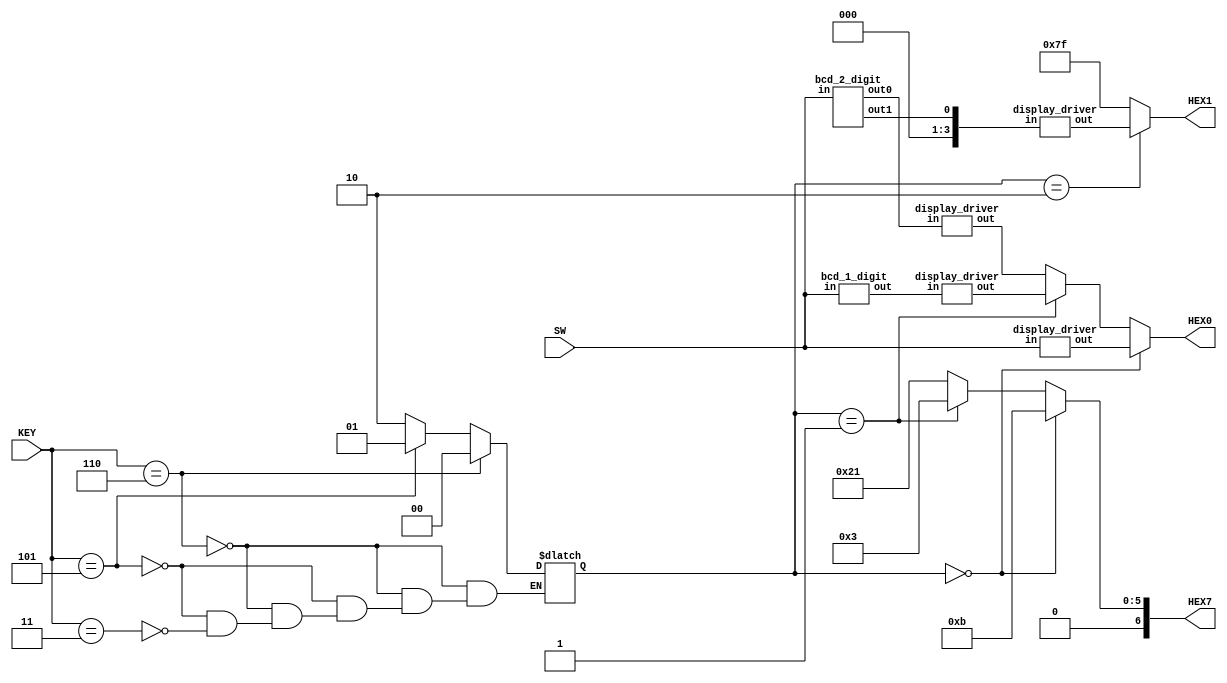
module code_converter(
		output [6:0] HEX0, HEX1, HEX7, // 7-segment displays
		input[3:0] SW, // Input switches
		input[2:0] KEY // Input buttons
	);
	wire[6:0] disp0, disp1, disp2, disp3; // Stores the output from the differet display modules
	reg[1:0] mode; // This is used to remember which mode we are in
	wire[3:0] bcd_1_out, bcd_2_out0; // This is the output from the BCD digit modules
	wire bcd_2_out1; // This is the second output from the BCD 2 digit module
	
	display_driver D1(disp0, SW); // HEX driver can just use the display driver directly

	bcd_1_digit M1(bcd_1_out, SW); // BCD to 1 digit driver
	display_driver D2(disp1, bcd_1_out); // Display driver for the BCD to 1 digit driver
	
	bcd_2_digit M2(bcd_2_out0, bcd_2_out1, SW); // BCD to 2 digit driver
	display_driver D3(disp2, bcd_2_out0); // Display driver for the first display
	display_driver D4(disp3, {3'b000, bcd_2_out1}); // Display driver for the second display
	
	assign HEX1 = mode == 2'b10 ? disp3 : ~7'h0; // If the third button is pressed we output the value from the bcd_2_digit module, if not we simply turn off the display
	assign HEX0 = mode == 2'b00 ? disp0 : mode == 2'b01 ? disp1 : disp2; // We output the differet modules outputs depending on which mode we are in i.e. which button was pressed last time
	
	// This control the display on the left which indicates which mode we are in
	assign HEX7 = mode == 2'b00 ? 7'b0001011 : // 'h
					  mode == 2'b01 ? 7'b0000011 : // 'b
					  7'b0100001; // 'd'
	
	always@(*) begin
		// This if-statement check if a button is pressed and updates the mode - the mode is latched, so it remembers it's value
		if (KEY == ~3'b001) // First button is pressed
			mode = 2'b00; // Mode 0
		else if (KEY == ~3'b010) // Second button is pressed
			mode = 2'b01; // Mode 1
		else if (KEY == ~3'b100) // Third button is pressed
			mode = 2'b10; // Mode 2
	end
endmodule

module t_code_converter;
	wire [6:0] HEX0, HEX1, HEX7; // 7-segment displays
	reg[3:0] SW; // Input switches
	reg[2:0] KEY; // Input buttons
	
	integer i, j;
	
	code_converter M1(.HEX0(HEX0), .HEX1(HEX1), .HEX7(HEX7), .SW(SW), .KEY(KEY));
	
	initial begin
		SW = 0; KEY = 0; // Set initial values
	end
	
	always begin
		for (i = 0; i < 3; i = i + 1) begin
			#10 KEY = ~(1 << i); // Select mode
			for (j = 0; j < 16; j = j + 1) begin
				SW = j; // Set switches
				#10; // Wait 10 units after the switches is set
			end
		end
		#10 $stop;
	end
	
endmodule

module bcd_2_digit(
		output reg[3:0] out0,
		output reg out1,
		input[3:0] in
	);

	always @ (in) begin
		if (in > 9) begin
			out1 = 1'b1; // Output '1' on the second display
			out0 = in - 4'd10; // Subtract 10 from the value
		end
		else begin
			out1 = 1'b0; // Output '0' on the second display
			out0 = in; // Output the input directly on the first display
		end
	end
endmodule

module bcd_1_digit(
		output reg[3:0] out,
		input[3:0] in
	);

	always @ (in) begin
		if (in > 9)
			out = 9; // Show '9' if the value is above 9
		else
			out = in; // Output the input directly on the display
	end
endmodule

module display_driver(
		output reg[6:0] out,
		input [3:0] in
	);
	
	always @ (in) begin
		case (in)
			4'b0000 : out = 7'b1000000; // 0
			4'b0001 : out = 7'b1111001; // 1
			4'b0010 : out = 7'b0100100; // 2
			4'b0011 : out = 7'b0110000; // 3
			4'b0100 : out = 7'b0011001; // 4
			4'b0101 : out = 7'b0010010; // 5
			4'b0110 : out = 7'b0000011; // 6
			4'b0111 : out = 7'b1111000; // 7
			4'b1000 : out = 7'b0000000; // 8
			4'b1001 : out = 7'b0011000; // 9
			
			4'b1010 : out = 7'b0001000; // A
			4'b1011 : out = 7'b0000000; // B (8)
			4'b1100 : out = 7'b1000110; // C
			4'b1101 : out = 7'b1000000; // D (0)
			4'b1110 : out = 7'b0000110; // E
			4'b1111 : out = 7'b0001110; // F
			
			default : out = 7'b1111111; // OFF
		endcase
	end
	
endmodule